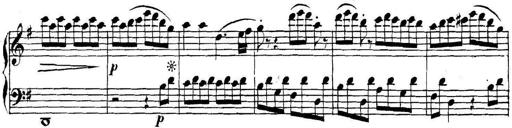
Title: Collected Piano Sonatas
Composer: Muzio Clementi